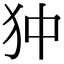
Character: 狆